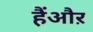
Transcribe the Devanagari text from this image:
हैंऔऱ